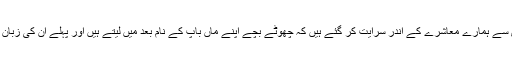
یہ الفاظ اس قدر تیزی سے ہمارے معاشرے کے اندر سرایت کر گئے ہیں کہ چھوٹے بچے اپنے ماں باپ کے نام بعد میں لیتے ہیں اور پہلے ان کی زبان پر یہ الفاظ ہوتے ہیں۔